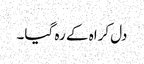
دل کراہ کے رہ گیا۔